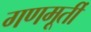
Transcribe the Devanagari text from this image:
गणमूर्ती